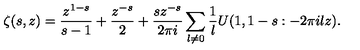
\zeta ( s , z ) = \frac { z ^ { 1 - s } } { s - 1 } + \frac { z ^ { - s } } { 2 } + \frac { s z ^ { - s } } { 2 \pi i } \sum _ { l \ne 0 } \frac 1 l U ( 1 , 1 - s : - 2 \pi i l z ) .